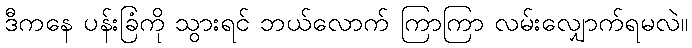
ဒီကနေ ပန်းခြံကို သွားရင် ဘယ်လောက် ကြာကြာ လမ်းလျှောက်ရမလဲ။